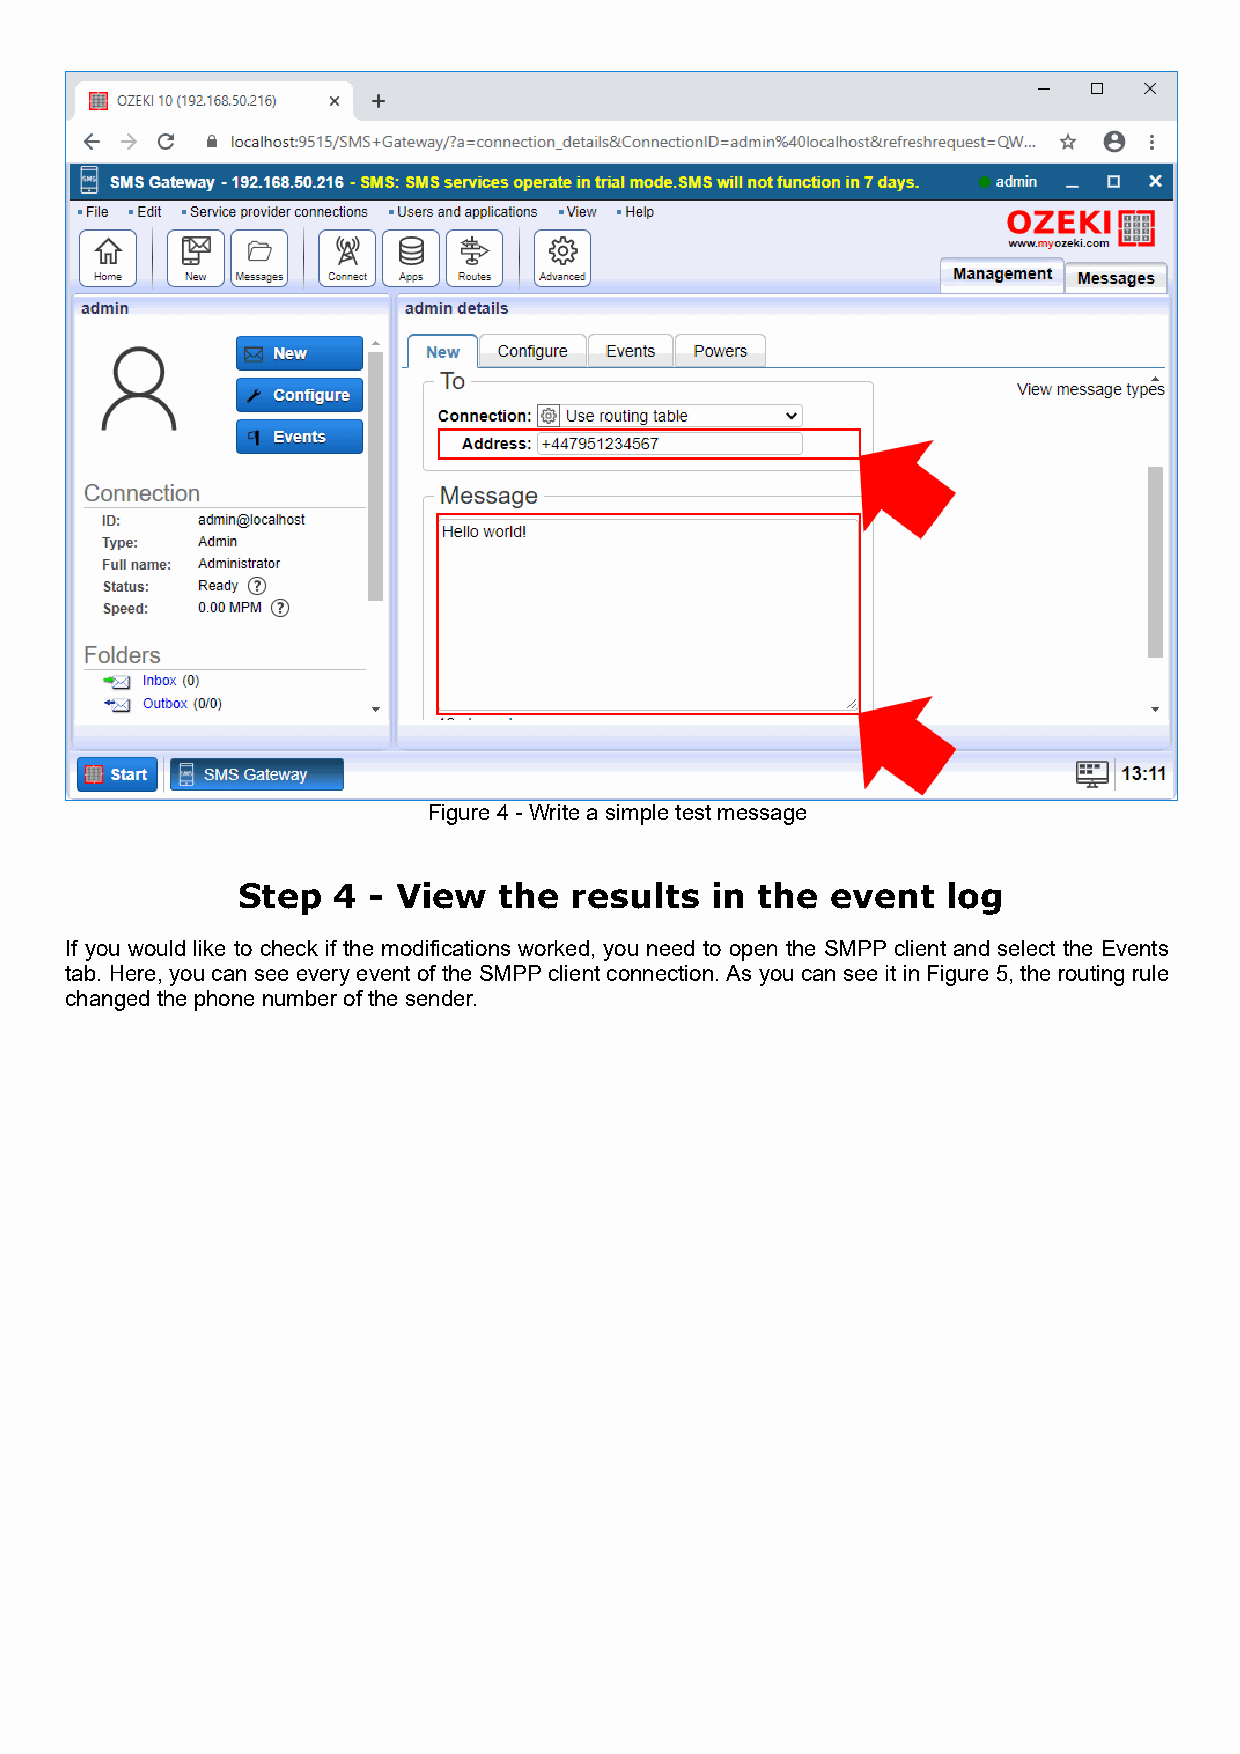
Figure 4 - Write a simple test message
 Step  4 - View   the  results  in the  event   log
 If you would like to check if the modifications worked, you need to open the SMPP client and select the Events
 tab. Here, you can see every event of the SMPP client connection. As you can see it in Figure 5, the routing rule
 changed the phone number of the sender.